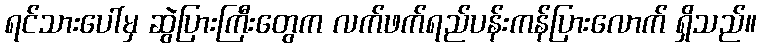
ရင်သားပေါ်မှ ဆွဲပြားကြီးတွေက လက်ဖက်ရည်ပန်းကန်ပြားလောက် ရှိသည်။